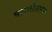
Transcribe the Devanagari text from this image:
भागातीलएका